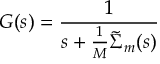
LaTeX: G ( s ) = \frac { 1 } { s + \frac { 1 } { M } \tilde { \Sigma } _ { m } ( s ) }